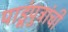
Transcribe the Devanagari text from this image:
पाडूंपुत्रांची